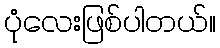
ပုံလေးဖြစ်ပါတယ်။